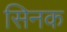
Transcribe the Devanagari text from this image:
सिनक